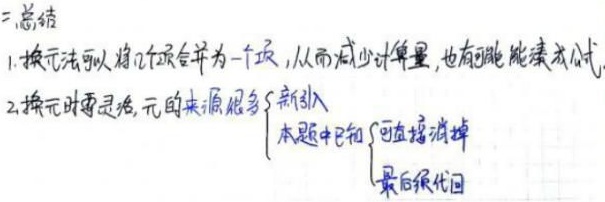
1. 换元法可以将几项合并为一个项，从而减少计算量，也有可能能凑成公式。
2. 换元时要灵活，元的来源很多，本题中已知可直接消掉，最后须代回。